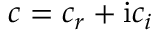
c = c _ { r } + \mathrm { i } c _ { i }